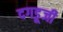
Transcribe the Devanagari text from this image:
दगडूजी